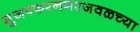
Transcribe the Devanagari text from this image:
मुजफ्फरनगरजवळच्या